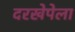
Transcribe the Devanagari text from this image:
दरखेपेला